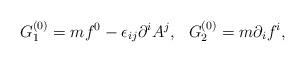
LaTeX: \begin{align*}G^{(0)}_1 = mf^0-\epsilon_{ij}\partial^iA^j,~~G^{(0)}_2=m\partial_i f^i,\end{align*}